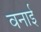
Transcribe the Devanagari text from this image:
वनाई